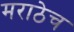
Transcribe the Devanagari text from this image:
मराठेच